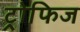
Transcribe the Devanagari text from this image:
ट्रोफिज